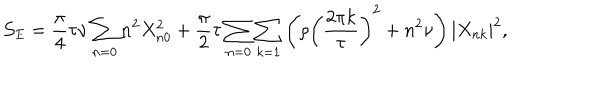
LaTeX: { \cal S } _ { E } = \frac { \pi } { 4 } \tau \nu \sum _ { n = 0 } n ^ { 2 } X _ { n 0 } ^ { 2 } + \frac { \pi } { 2 } \tau \sum _ { n = 0 } \sum _ { k = 1 } \left( \rho \left( \frac { 2 \pi k } { \tau } \right) ^ { 2 } + n ^ { 2 } \nu \right) | X _ { n k } | ^ { 2 } ,